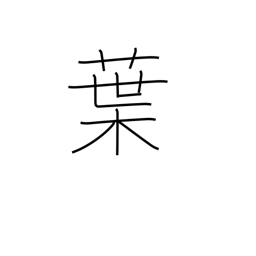
Meaning: blade